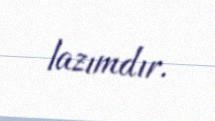
lazımdır.